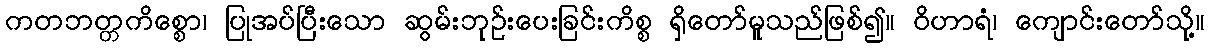
ကတဘတ္တကိစ္စော၊ ပြုအပ်ပြီးသော ဆွမ်းဘုဉ်းပေးခြင်းကိစ္စ ရှိတော်မူသည်ဖြစ်၍။ ဝိဟာရံ၊ ကျောင်းတော်သို့။